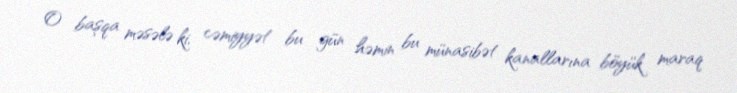
O başqa məsələ ki, cəmiyyət bu gün həmin bu münasibət kanallarına böyük maraq